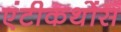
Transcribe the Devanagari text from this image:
एंटीकथोंस